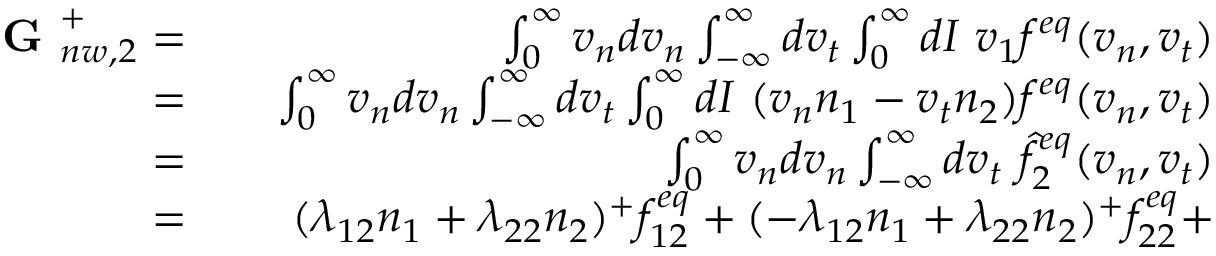
\begin{array} { r l r } { \textbf { G } _ { n w , 2 } ^ { + } = } & { { } } & { \int _ { 0 } ^ { \infty } v _ { n } d v _ { n } \int _ { - \infty } ^ { \infty } d v _ { t } \int _ { 0 } ^ { \infty } d I \ v _ { 1 } f ^ { e q } ( v _ { n } , v _ { t } ) } \\ { = } & { { } } & { \int _ { 0 } ^ { \infty } v _ { n } d v _ { n } \int _ { - \infty } ^ { \infty } d v _ { t } \int _ { 0 } ^ { \infty } d I \ ( v _ { n } n _ { 1 } - v _ { t } n _ { 2 } ) f ^ { e q } ( v _ { n } , v _ { t } ) } \\ { = } & { { } } & { \int _ { 0 } ^ { \infty } v _ { n } d v _ { n } \int _ { - \infty } ^ { \infty } d v _ { t } \ \hat { f } _ { 2 } ^ { e q } ( v _ { n } , v _ { t } ) } \\ { = } & { { } } & { ( \lambda _ { 1 2 } n _ { 1 } + \lambda _ { 2 2 } n _ { 2 } ) ^ { + } f _ { 1 2 } ^ { e q } + ( - \lambda _ { 1 2 } n _ { 1 } + \lambda _ { 2 2 } n _ { 2 } ) ^ { + } f _ { 2 2 } ^ { e q } + } \end{array}